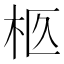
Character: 柩